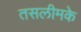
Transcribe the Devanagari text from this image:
तसलीमके